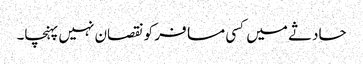
حادثے میں کسی مسافر کو نقصان نہیں پہنچا۔